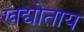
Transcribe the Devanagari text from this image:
खद्योताय